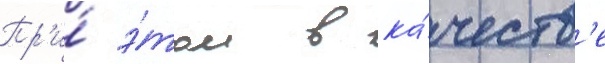
Пр'и́ э́том в ка́честв'е